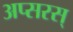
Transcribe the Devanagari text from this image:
अप्सरस्